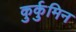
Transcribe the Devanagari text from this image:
कुर्कुमिन